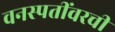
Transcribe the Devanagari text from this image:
वनस्पतींवरची